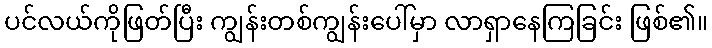
ပင်လယ်ကိုဖြတ်ပြီး ကျွန်းတစ်ကျွန်းပေါ်မှာ လာရှာနေကြခြင်း ဖြစ်၏။